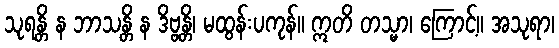
သုရန္တိ န ဘာသန္တိ န ဒိဗ္ဗန္တိ၊ မထွန်းပကုန်။ ဣတိ တသ္မာ၊ ကြောင့်။ အသုရာ၊